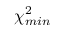
\chi _ { m i n } ^ { 2 }